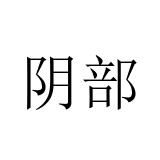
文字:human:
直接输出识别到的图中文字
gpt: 阴部